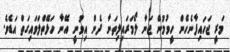
މަރީ ޖަހައިފާނެހެން ހީވުމުން ޖަނާ ލޯމަރައިލިތަނާ ދެން އިވުނީ އޭނާ ހަޅޭތްލަވައިގަތް އަޑެވެ.